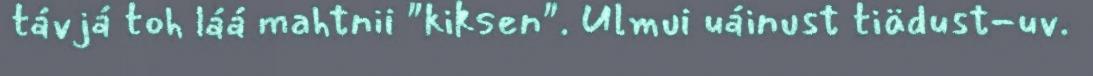
távjá toh láá mahtnii "kiksen". Ulmui uáinust tiädust-uv.